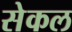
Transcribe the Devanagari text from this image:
सेकल